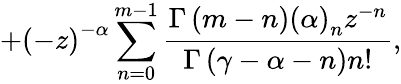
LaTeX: +\left(-z\right)^{-\alpha}\sum_{n=0}^{m-1}\frac{\Gamma\left(m-n\right)\left(\alpha\right)_{n}z^{-n}}{\Gamma\left(\gamma-\alpha-n\right)n!},